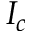
I _ { c }